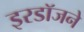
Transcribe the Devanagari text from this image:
इरडॉजने